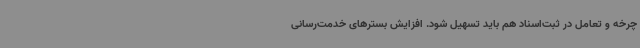
چرخه و تعامل در ثبت‌اسناد هم باید تسهیل شود. افزایش بسترهای خدمت‌رسانی